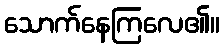
သောက်နေကြလေ၏။